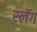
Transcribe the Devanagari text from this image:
स्लॅग